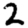
Digit: 2